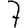
Digit: 7